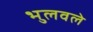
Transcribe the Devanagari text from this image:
भुलवले